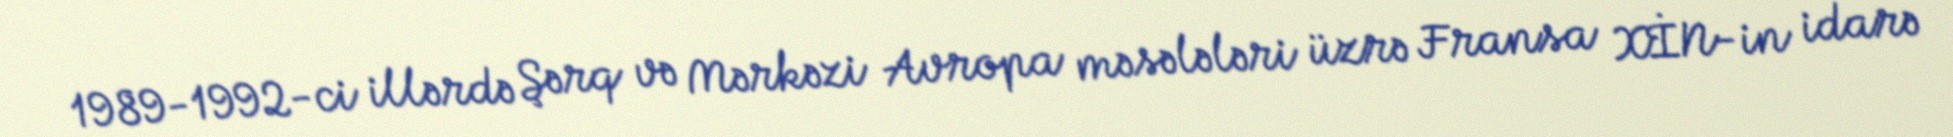
1989-1992-ci illərdə Şərq və Mərkəzi Avropa məsələləri üzrə Fransa XİN-in idarə